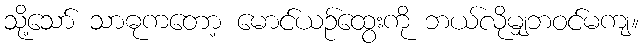
သို့သော် သာဓုကတော့ မောင်ယဉ်ထွေးကို ဘယ်လိုမျှဘဝင်မကျ။